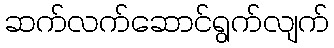
ဆက်လက်ဆောင်ရွက်လျက်